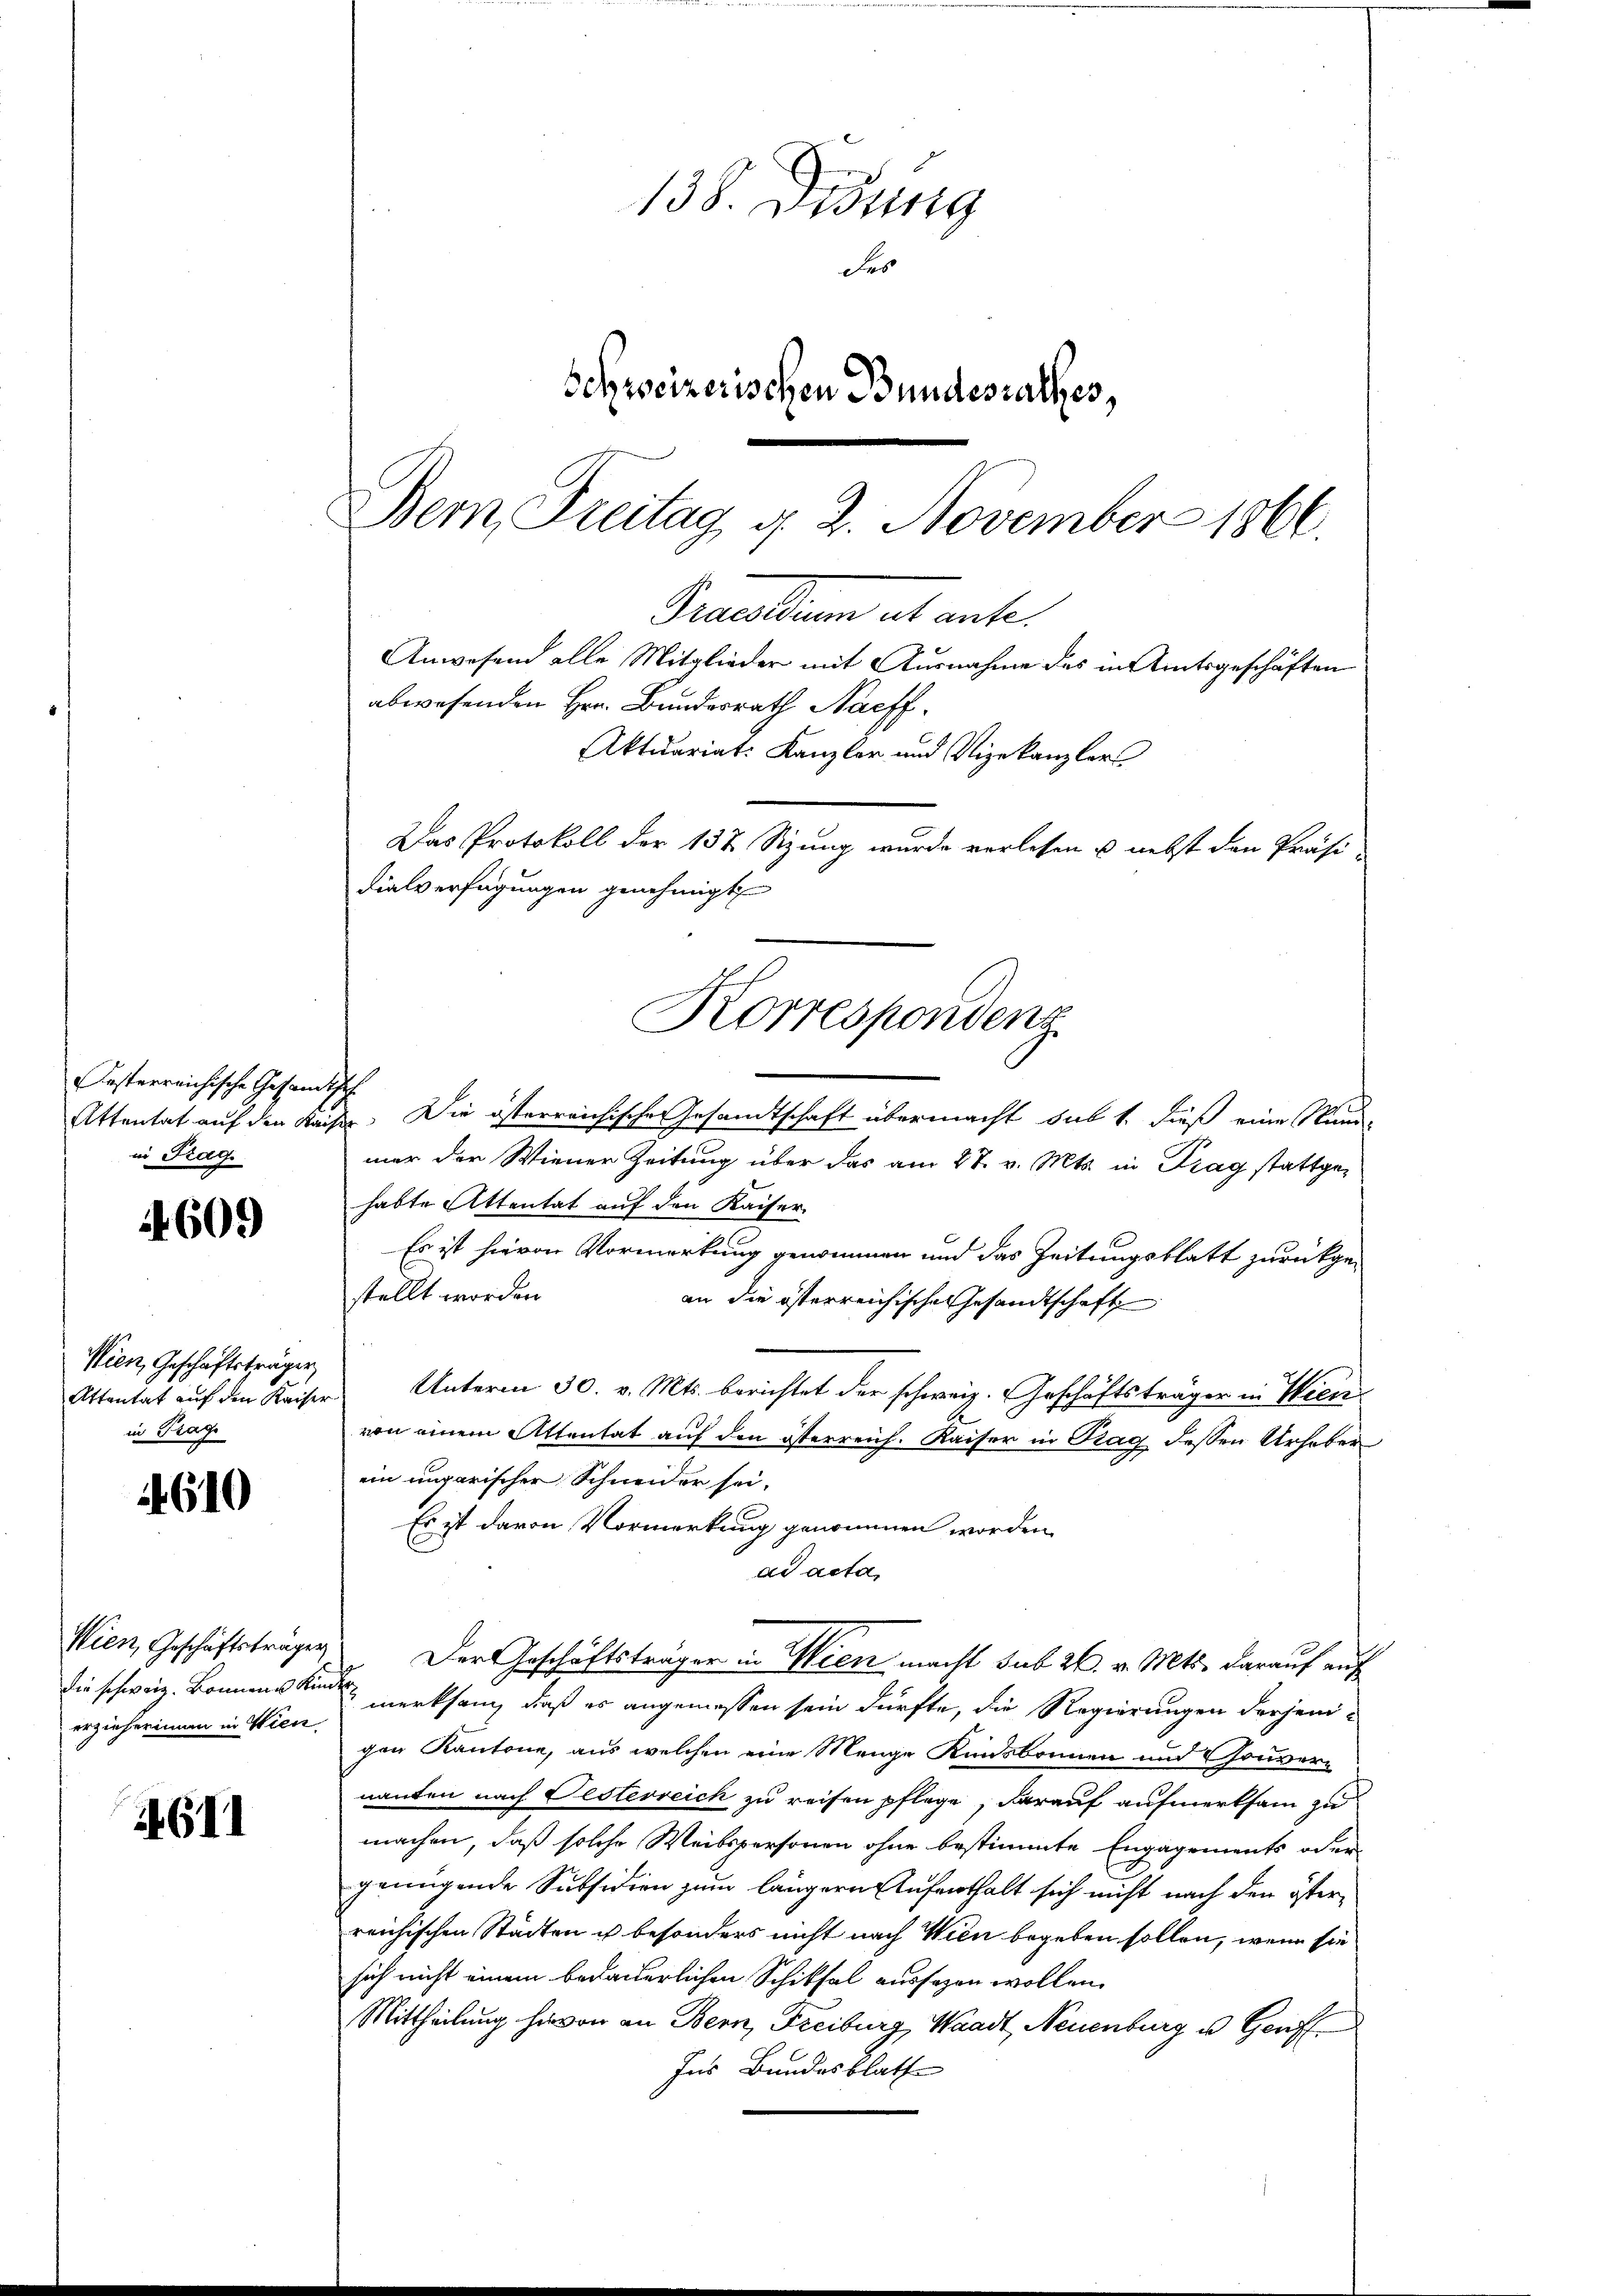
609

esterreichische Gesandtsch
in Frag

Wien, Geschäftsträger
in Frage

4610

Wien, Geschäftsträger
erzieherinnen in Wien.

4611

138. Disung
des
Sehweizerischen Bundesrathes,
Bemn Freitag, d. 2. November 1866.

abwesenden Hrn. Bundesrath Nachf
dialverfügungen genehmigt
Korrespondenz

Attentat auf den Kaiser. Die österreichische Gesandtschaft übermacht sub 1. dieß eine Mun-
mer der Wiener Zeitung über das am 27. v. Mts. in Prag stattgehabte Attentat auf den Kaiser-
Es ist hievon Vormerkung genommen und das Zeitungsblatt zurückgestellt worden.
an die österreichische Gesandtschaft
Attentat aŭf den Kaiser Unterm 30. v. Mts. berichtet der schweiz. Geschäftsträger in Wille
von einem Attentat auf den österreich. Kaiser in Prag dessen Urheber
ein ungarischer Schneider sei.
Es ist davon Vormerkung genommen worden.
ad acta,
Der Geschäftsträger in Wien macht sub 26. v. Mts. darauf auf
die schweiz. Bonnen keine merksam, daß es angemessen sein dürfte, die Regierungen derjenigen Kantone, aus welchen eine Menge Kunsbrunnen und Gouvern
nanten nach Oesterreich zu reifen pflege, darauf aufmerksam zu
machen, daß solche Weibspersonen ohne bestimmte Engagements oder
genügende Subsidien zum längern Aufenthalt sich nicht nach den österreichischen Städten ich besonders nicht nach Wien begeben sollen, wenn sie
sich nicht einem bedauerlichen Schiksal aussagen wollen.
Mittheilung hievon an Bern, Freiburg, Waadt, Neuenburg u. Genf
Ins Bundesblatt

Semmelten alt unter
Anwesend alle Mitglieder mit Ausnahme des in Amtsgeschäften

Aktuariat. Kanzler und Vizekanzler
Das Protokoll der 152 Sizung wurde verlesen u. nebst den Präsi¬